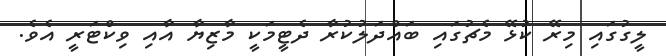
ލީގުގައި މިރޭ ކުޅޭ މެޗުގައި ބައްދަލުކުރާ ދެޓީމަކީ މާޒިޔާ އާއި ވިކްޓަރީ އެވެ.